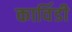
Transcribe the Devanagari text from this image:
कार्विडी